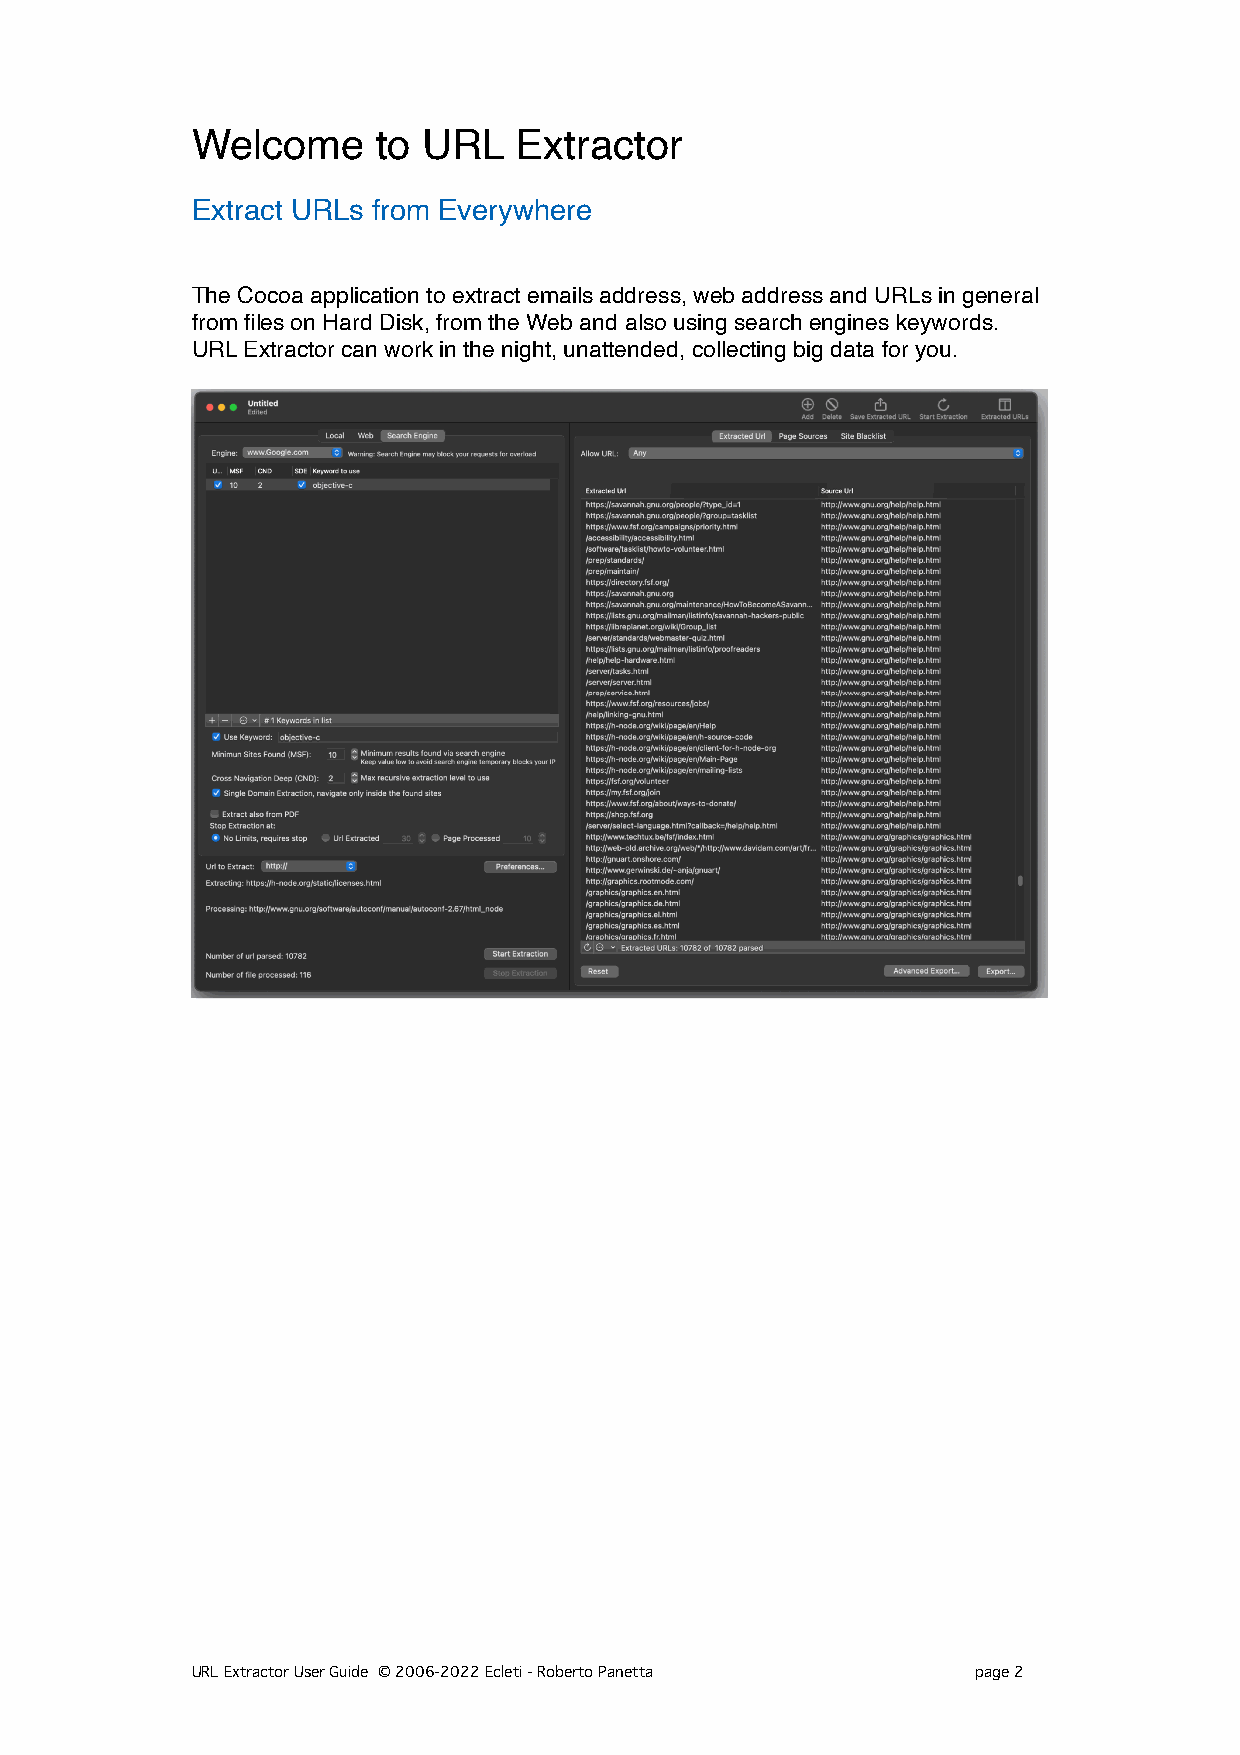
Welcome     to URL   Extractor
 Extract URLs from Everywhere
 The Cocoa application to extract emails address, web address and URLs in general
 from files on Hard Disk, from the Web and also using search engines keywords.
 URL Extractor can work in the night, unattended, collecting big data for you.
 URL Extractor User Guide © 2006-2022 Ecleti - Roberto Panetta page 2